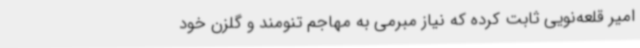
امیر قلعه‌نویی ثابت کرده که نیاز مبرمی به مهاجم تنومند و گلزن خود